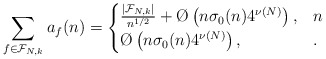
\begin{align*}\sum_{f \in \mathcal F_{N,k}} a_f(n) = \begin{cases}\frac{|\mathcal F_{N,k}|}{n^{1/2}} + \O\left( n\sigma_0(n)4^{\nu(N)}\right),&n\\\O\left( n\sigma_0(n)4^{\nu(N)}\right),&.\end{cases}\end{align*}